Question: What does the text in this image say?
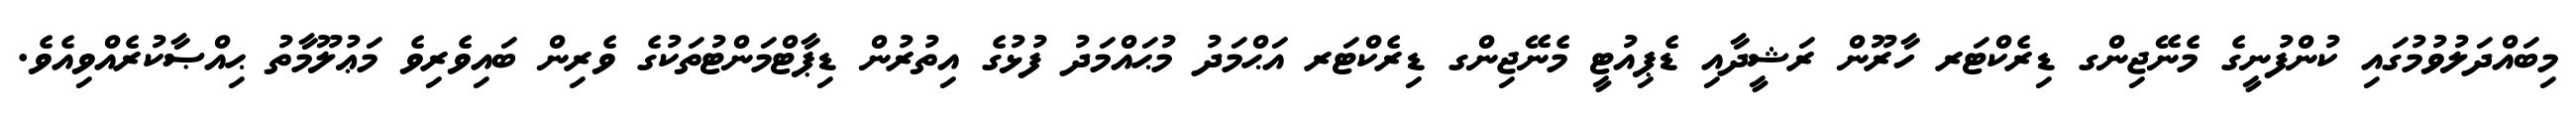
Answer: މިބައްދަލުވުމުގައި ކުންފުނީގެ މެނޭޖިންގ ޑިރެކްޓަރ ހާރޫން ރަޝީދާއި ޑެޕިއުޓީ މެނޭޖިންގ ޑިރެކްޓަރ އަޙްމަދު މުޙައްމަދު ފުޅުގެ އިތުރުން ޑިޕާޓްމަންޓުތަކުގެ ވެރިން ބައިވެރިވެ މަޢުލޫމާތު ޙިއްޞާކުރެއްވިއެވެ.